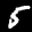
Label: 5